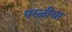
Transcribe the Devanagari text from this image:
परळीचा